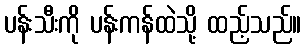
ပန်းသီးကို ပန်းကန်ထဲသို့ ထည့်သည်။